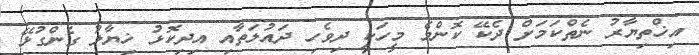
އިޚްތިޔާރު ނެތްކަމަށް ދެކޭ ކޮންމެ މީހަކީ ދިވެހި ދައުލަތާއި އިދިކޮޅު ޚިޔާލު ގެންގުޅޭ